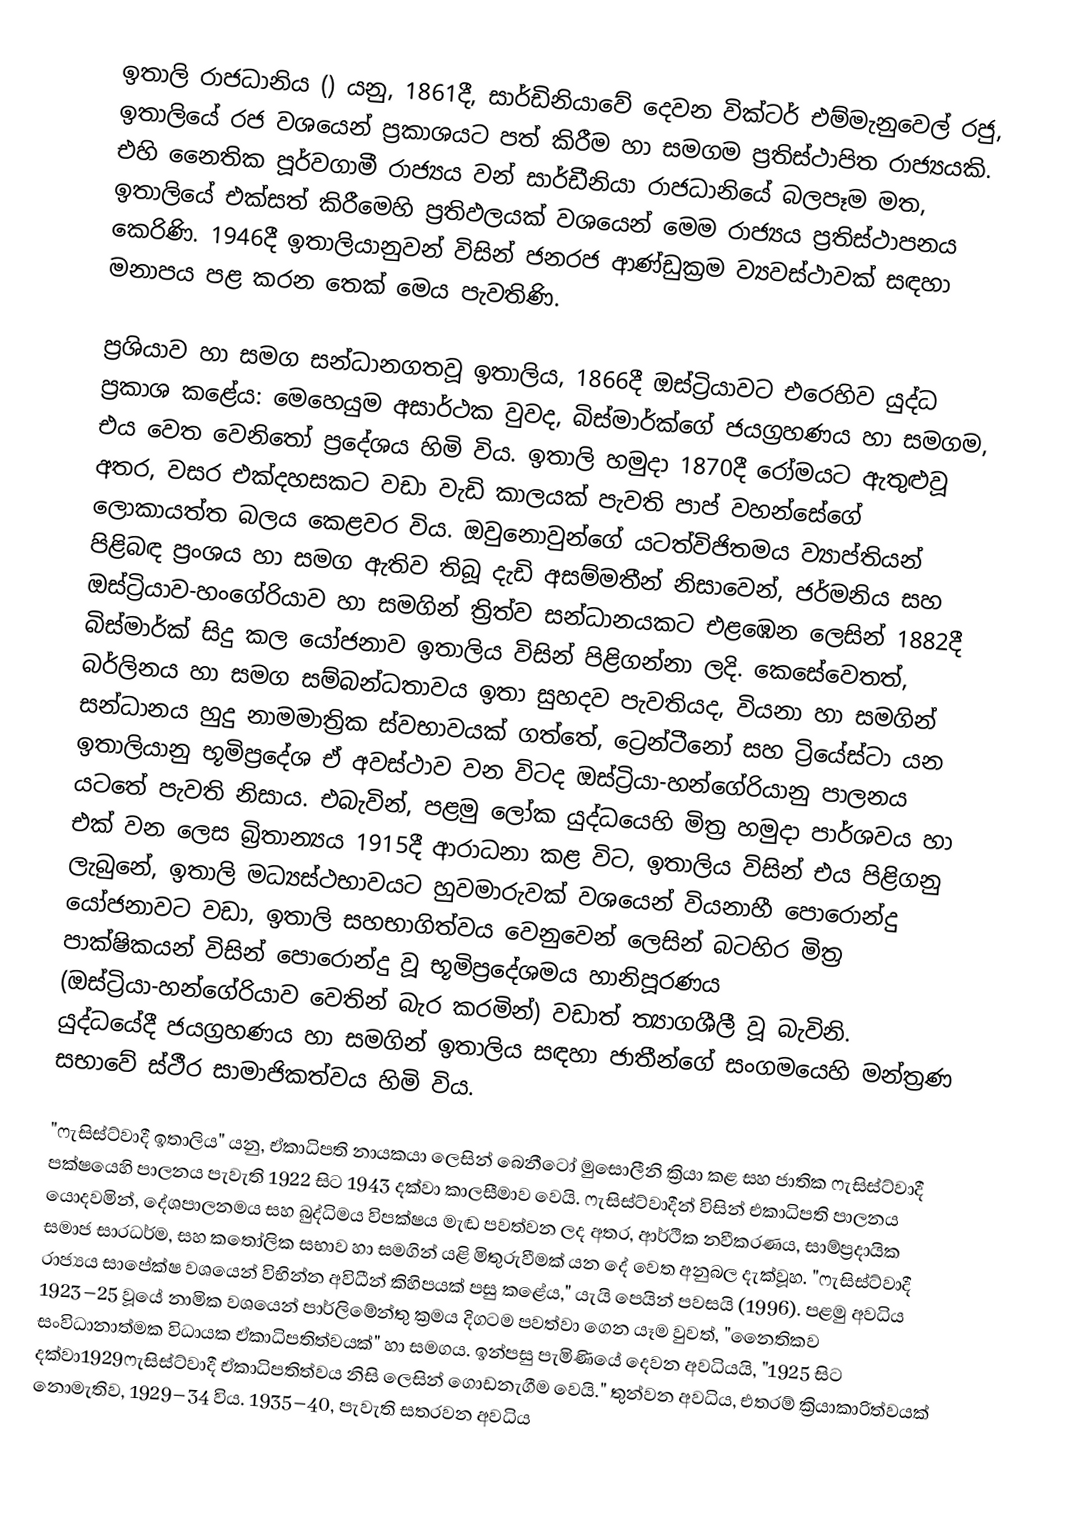
ඉතාලි රාජධානිය () යනු,  1861දී,   සාර්ඩිනියාවේ දෙවන වික්ටර් එම්මැනුවෙල් රජු,  ඉතාලියේ රජ වශයෙන් ප්‍රකාශයට පත් කිරීම හා සමගම ප්‍රතිස්ථාපිත රාජ්‍යයකි. එහි නෛතික පූර්වගාමී රාජ්‍යය වන් සාර්ඩීනියා රාජධානියේ බලපෑම මත, ඉතාලියේ එක්සත් කිරීමෙහි ප්‍රතිඵලයක් වශයෙන් මෙම රාජ්‍යය ප්‍රතිස්ථාපනය කෙරිණි. 1946දී  ඉතාලියානුවන් විසින් ජනරජ ආණ්ඩුක්‍රම ව්‍යවස්ථාවක් සඳහා මනාපය පළ කරන තෙක් මෙය පැවතිණි.

ප්‍රශියාව හා සමග සන්ධානගතවූ ඉතාලිය,  1866දී ඔස්ට්‍රියාවට එරෙහිව යුද්ධ ප්‍රකාශ කළේය: මෙහෙයුම අසාර්ථක වුවද, බිස්මාර්ක්ගේ ජයග්‍රහණය හා සමගම, එය වෙත  වෙනිතෝ ප්‍රදේශය හිමි විය. ඉතාලි හමුදා 1870දී රෝමයට ඇතුළුවූ අතර, වසර එක්දහසකට වඩා වැඩි කාලයක් පැවති පාප් වහන්සේගේ ලොකායත්ත බලය කෙළවර විය. ඔවුනොවුන්ගේ යටත්විජිතමය ව්‍යාප්තියන් පිළිබඳ ප්‍රංශය හා සමග ඇතිව තිබූ දැඩි අසම්මතීන් නිසාවෙන්,  ජර්මනිය සහ ඔස්ට්‍රියාව-හංගේරියාව හා සමගින්  ත්‍රිත්ව සන්ධානයකට එළඹෙන ලෙසින්  1882දී බිස්මාර්ක් සිදු කල යෝජනාව ඉතාලිය විසින් පිළිගන්නා ලදි. කෙසේවෙතත්, බර්ලිනය හා සමග සම්බන්ධතාවය ඉතා සුහදව පැවතියද, වියනා හා සමගින් සන්ධානය හුදු නාමමාත්‍රික ස්වභාවයක් ගත්තේ, ට්‍රෙන්ටීනෝ සහ ට්‍රියේස්ටා යන ඉතාලියානු භූමිප්‍රදේශ ඒ අවස්ථාව වන විටද ඔස්ට්‍රියා-හන්ගේරියානු පාලනය යටතේ පැවති නිසාය. එබැවින්, පළමු ලෝක යුද්ධයෙහි මිත්‍ර හමුදා පාර්ශවය හා එක් වන ලෙස බ්‍රිතාන්‍යය  1915දී ආරාධනා කළ විට, ඉතාලිය විසින් එය පිළිගනු ලැබුනේ, ඉතාලි මධ්‍යස්ථභාවයට හුවමාරුවක් වශයෙන් වියනාහී පොරොන්දු යෝජනාවට වඩා, ඉතාලි සහභාගිත්වය වෙනුවෙන් ලෙසින් බටහිර මිත්‍ර පාක්ෂිකයන් විසින් පොරොන්දු වූ භූමිප්‍රදේශමය හානිපූරණය  (ඔස්ට්‍රියා-හන්ගේරියාව වෙතින් බැර කරමින්) වඩාත් ත්‍යාගශීලී වූ බැවිනි. යුද්ධයේදී ජයග්‍රහණය හා සමගින් ඉතාලිය සඳහා  ජාතීන්ගේ සංගමයෙහි මන්ත්‍රණ සභාවේ ස්ථීර සාමාජිකත්වය හිමි විය.

"ෆැසිස්ට්වාදී ඉතාලිය" යනු,  ඒකාධිපති නායකයා ලෙසින් බෙනීටෝ මුසොලීනි ක්‍රියා කළ සහ  ජාතික ෆැසිස්ට්වාදී පක්ෂයෙහි පාලනය පැවැති 1922 සිට 1943 දක්වා කාලසීමාව වෙයි. ෆැසිස්ට්වාදීන් විසින් එකාධිපති පාලනය යොදවමින්, දේශපාලනමය සහ බුද්ධිමය විපක්ෂය මැඬ පවත්වන ලද අතර, ආර්ථික නවීකරණය, සාම්ප්‍රදායික සමාජ සාරධර්ම, සහ කතෝලික සභාව හා සමගින් යළි මිතුරුවීමක් යන දේ වෙත අනුබල දැක්වූහ. "ෆැසිස්ට්වාදී රාජ්‍යය සාපේක්ෂ වශයෙන් විභින්න අවිධීන් කිහිපයක් පසු කළේය," යැයි පෙයින් පවසයි (1996). පළමු අවධිය 1923–25 වූයේ නාමික වශයෙන් පාර්ලිමේන්තු ක්‍රමය දිගටම පවත්වා ගෙන යෑම වුවත්,  "නෛතිකව සංවිධානාත්මක විධායක ඒකාධිපතිත්වයක්" හා සමගය. ඉන්පසු පැමිණියේ දෙවන අවධියයි, "1925 සිට දක්වා1929ෆැසිස්ට්වාදී ඒකාධිපතිත්වය නිසි ලෙසින් ගොඩනැගීම වෙයි." තුන්වන අවධිය, එතරම් ක්‍රියාකාරිත්වයක් නොමැතිව, 1929–34 විය. 1935–40, පැවැති සතරවන අවධිය